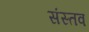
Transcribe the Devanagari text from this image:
संस्तव